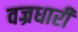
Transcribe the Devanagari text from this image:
वज्रधारी